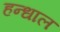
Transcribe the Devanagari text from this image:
हन्धाल